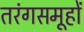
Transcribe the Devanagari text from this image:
तरंगसमूहों